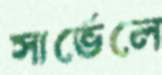
সার্ভেলে